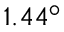
1 . 4 4 ^ { \circ }